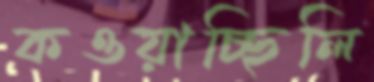
কওয়াচ্ছিলি